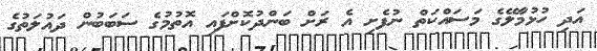
އަދި ހުޅުމާލޭގެ މަސައްކަތް ނުފެށި އެ ރަށް ބަންދުކޮށްފައި އޮތުމުގެ ސަބަބުން ދައުލަތުގެ